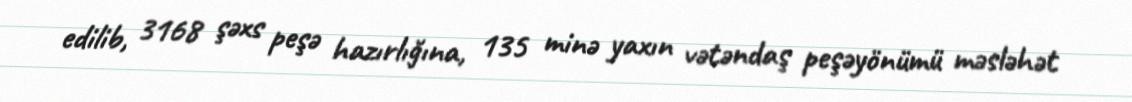
edilib, 3168 şəxs peşə hazırlığına, 135 minə yaxın vətəndaş peşəyönümü məsləhət